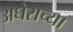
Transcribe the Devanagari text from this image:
अघेराच्या